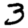
Digit: 3